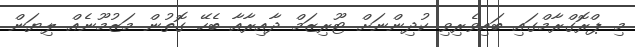
މި ޕްރޮގްރާމްގައި ބައިވެރިވި ކުދިންނަށް ޓޫރިޒަމް ދާއިރާއާ ބެހޭ ގޮތުން މަޒުމޫނެއް ލިޔަން